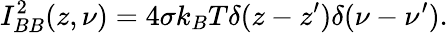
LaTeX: I_{BB}^{2}(z,\nu)=4\sigma k_{B}T\delta(z-z^{\prime})\delta(\nu-\nu^{\prime}).